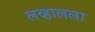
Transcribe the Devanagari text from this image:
लव्हालला